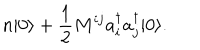
n | 0 \rangle + \frac { 1 } { 2 } M ^ { i j } a _ { i } ^ { \dagger } a _ { j } ^ { \dagger } | 0 \rangle .